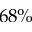
6 8 \%